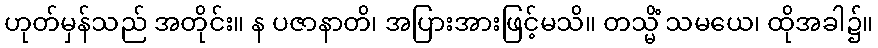
ဟုတ်မှန်သည် အတိုင်း။ န ပဇာနာတိ၊ အပြားအားဖြင့်မသိ။ တသ္မိံ သမယေ၊ ထိုအခါ၌။